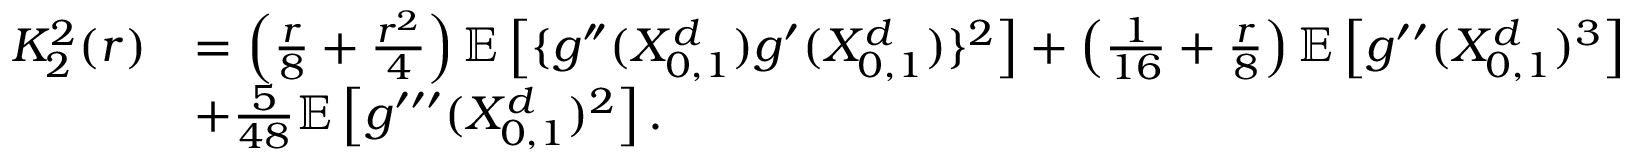
\begin{array} { r l } { K _ { 2 } ^ { 2 } ( r ) } & { = \left( \frac { r } { 8 } + \frac { r ^ { 2 } } { 4 } \right) \mathbb { E } \left[ \{ g ^ { \dprime } ( X _ { 0 , 1 } ^ { d } ) g ^ { \prime } ( X _ { 0 , 1 } ^ { d } ) \} ^ { 2 } \right] + \left( \frac { 1 } { 1 6 } + \frac { r } { 8 } \right) \mathbb { E } \left[ g ^ { \prime \prime } ( X _ { 0 , 1 } ^ { d } ) ^ { 3 } \right] } \\ & { + \frac { 5 } { 4 8 } \mathbb { E } \left[ g ^ { \prime \prime \prime } ( X _ { 0 , 1 } ^ { d } ) ^ { 2 } \right] . } \end{array}